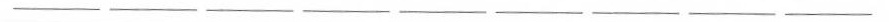
___